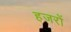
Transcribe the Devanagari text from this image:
हजरों